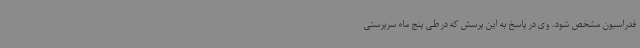
فدراسیون مشخص شود. وی در پاسخ به این پرسش که در طی پنج ماه سرپرستی